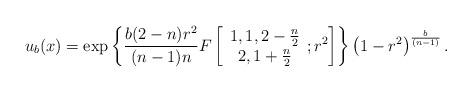
LaTeX: \begin{align*}u_b(x)=\exp\left\{\frac{b (2-n) r^2}{(n-1) n} F\left[\begin{array}{c} 1,1,2-\frac{n}{2} \\ 2,1+\frac{n}{2} \end{array}; r^2\right]\right\} \left(1-r^2\right)^{\frac{b}{ (n-1)}}.\end{align*}